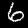
Label: 6